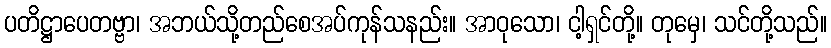
ပတိဋ္ဌာပေတဗ္ဗာ၊ အဘယ်သို့တည်စေအပ်ကုန်သနည်း။ အာဝုသော၊ ငါ့ရှင်တို့။ တုမှေ၊ သင်တို့သည်။